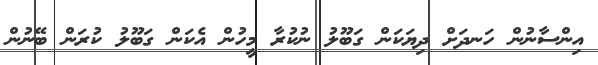
އިންސާނުން ހަނދަށް ދިޔަކަން ގަބޫލު ނުކުރާ މީހުން އެކަން ގަބޫލު ކުރަން ބޭނުން